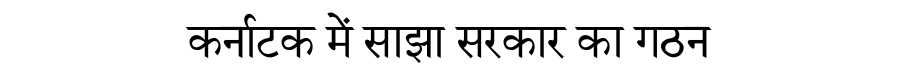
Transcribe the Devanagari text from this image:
कर्नाटक में साझा सरकार का गठन